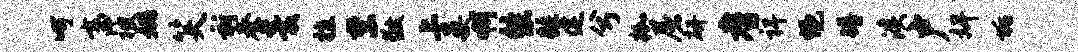
呵畜被姚笑祈奏羹植禁敬上晏啊悠踵建兮枷屠研耆裨悒蹲溪户婢垢